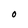
Character: O